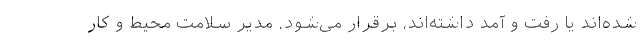
شده‌اند یا رفت و آمد داشته‌اند، برقرار می‌شود. مدیر سلامت محیط و کار